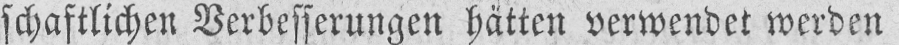
schaftlichen Verbesserungen hätten verwendet werden